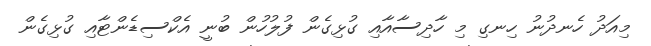
މިއަދު ހެނދުނު ހިނގި މި ހާދިސާއާއި ގުޅިގެން ފުލުހުން ބުނީ އެކްސިޑެންޓާއި ގުޅިގެން